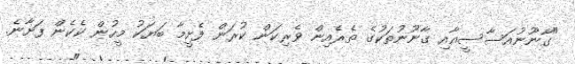
"ގާނޫނުއަސާސީއާއި ގާނޫނުތަކުގެ ތެރެއިން ވެރިކަން ކުރަން ފެށީމާ ބަޔަކު މީހުން ކެކެން ފަށާނެ.